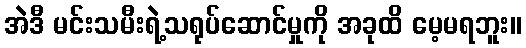
အဲဒီ မင်းသမီးရဲ့သရုပ်ဆောင်မှုကို အခုထိ မေ့မရဘူး။